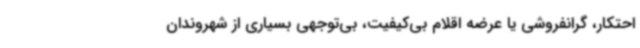
احتکار، گرانفروشی یا عرضه اقلام بی‌کیفیت، بی‌توجهی بسیاری از شهروندان